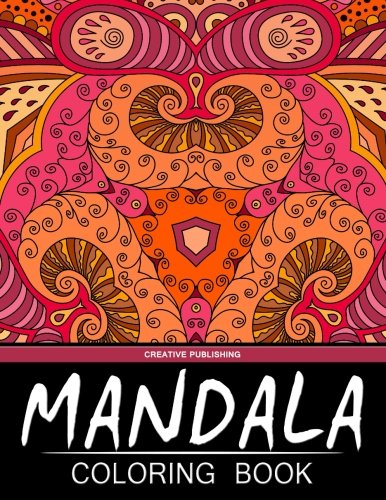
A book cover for Mandala Coloring Book: Creative Publishing - The Best Coloring Books For Adults (Volume 6); Mandala Coloring Book; Crafts, Hobbies & Home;